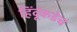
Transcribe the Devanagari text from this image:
हिंदूंकडेच